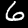
Label: 6